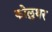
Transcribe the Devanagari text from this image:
कोलुथर